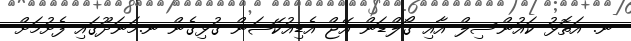
ނ. އަތޮޅު ކައުންސިލް އާއި ގޯލްޑަން އޭޖް އެޑިއުކޭޝަން ގުޅިގެން ނ.މަނަދޫގައި ފެށުމަށް